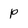
Character: p